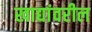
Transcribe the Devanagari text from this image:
खाद्यांवरील